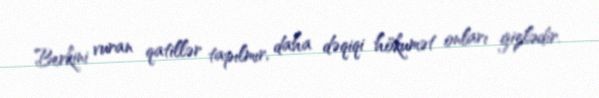
Berkini vuran qatillər tapılmır, daha dəqiqi hökumət onları gizlədir.